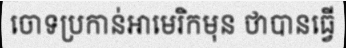
ចោទប្រកាន់អាមេរិកមុន ថាបានធ្វើ